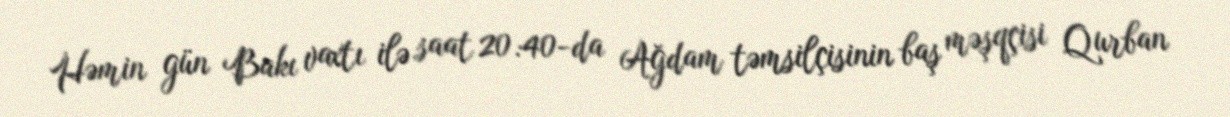
Həmin gün Bakı vaxtı ilə saat 20:40-da Ağdam təmsilçisinin baş məşqçisi Qurban